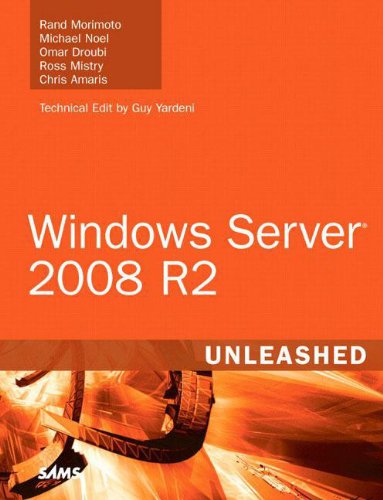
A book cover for Windows Server 2008 R2 Unleashed; Rand Morimoto; Computers & Technology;